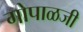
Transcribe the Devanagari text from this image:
गोपाळजी